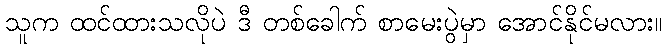
သူက ထင်ထားသလိုပဲ ဒီ တစ်ခေါက် စာမေးပွဲမှာ အောင်နိုင်မလား။